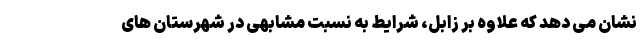
نشان می دهد که علاوه بر زابل، شرایط به نسبت مشابهی در شهرستان های